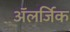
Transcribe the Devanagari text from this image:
अॅलर्जिक